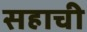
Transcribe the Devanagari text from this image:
सहाची